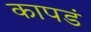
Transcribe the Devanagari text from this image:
कापडं